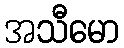
အသီမော